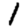
Digit: 1